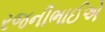
રજનીભાઈએ